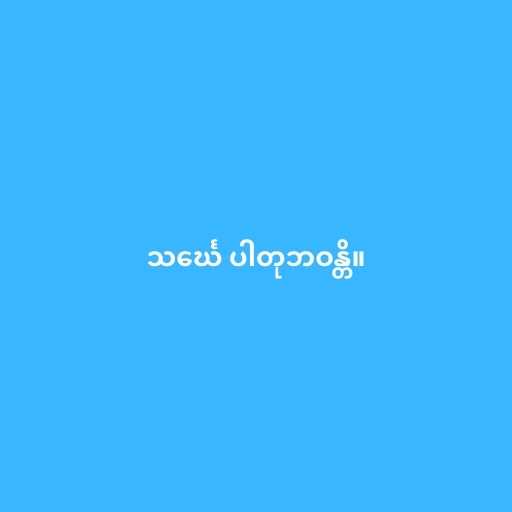
သင်္ဃေ ပါတုဘဝန္တိ။